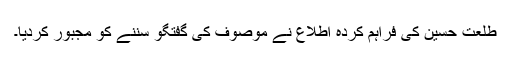
طلعت حسین کی فراہم کردہ اطلاع نے موصوف کی گفتگو سننے کو مجبور کردیا۔